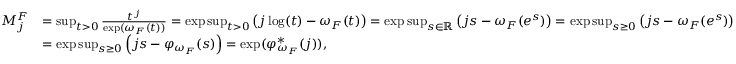
\begin{array} { r l } { M _ { j } ^ { F } } & { = \operatorname* { s u p } _ { t > 0 } \frac { t ^ { j } } { \exp ( \omega _ { F } ( t ) ) } = \exp \operatorname* { s u p } _ { t > 0 } \left( j \log ( t ) - \omega _ { F } ( t ) \right) = \exp \operatorname* { s u p } _ { s \in \mathbb { R } } \left( j s - \omega _ { F } ( e ^ { s } ) \right) = \exp \operatorname* { s u p } _ { s \ge 0 } \left( j s - \omega _ { F } ( e ^ { s } ) \right) } \\ & { = \exp \operatorname* { s u p } _ { s \ge 0 } \left( j s - \varphi _ { \omega _ { F } } ( s ) \right) = \exp ( \varphi _ { \omega _ { F } } ^ { * } ( j ) ) , } \end{array}